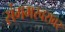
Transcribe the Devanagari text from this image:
संगमरवरावर